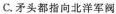
C.矛头都指向北洋军阀